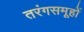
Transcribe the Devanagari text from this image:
तरंगसमूहों